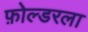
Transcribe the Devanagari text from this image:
फ़ोल्डरला